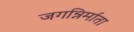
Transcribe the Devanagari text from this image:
जगन्निर्माता